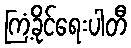
ကြံ့ခိုင်ရေးပါတီ